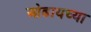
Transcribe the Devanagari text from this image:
ओढायच्या